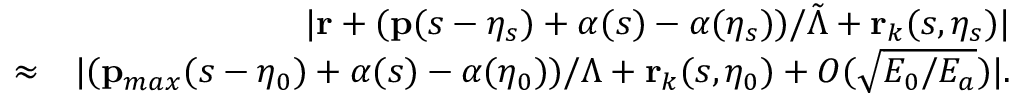
\begin{array} { r l r } & { } & { | \mathbf { r } + ( \mathbf { p } ( s - \eta _ { s } ) + \boldsymbol { \alpha } ( s ) - \boldsymbol { \alpha } ( \eta _ { s } ) ) / \tilde { \Lambda } + \mathbf { r } _ { k } ( s , \eta _ { s } ) | } \\ & { \approx } & { | ( \mathbf { p } _ { m a x } ( s - \eta _ { 0 } ) + \boldsymbol { \alpha } ( s ) - { \boldsymbol \alpha } ( \eta _ { 0 } ) ) / \Lambda + \mathbf { r } _ { k } ( s , \eta _ { 0 } ) + { \cal O } ( \sqrt { E _ { 0 } / E _ { a } } ) | . } \end{array}